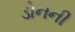
ડોનની